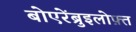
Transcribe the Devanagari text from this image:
बोएरेंब्रुइलोफ़्त